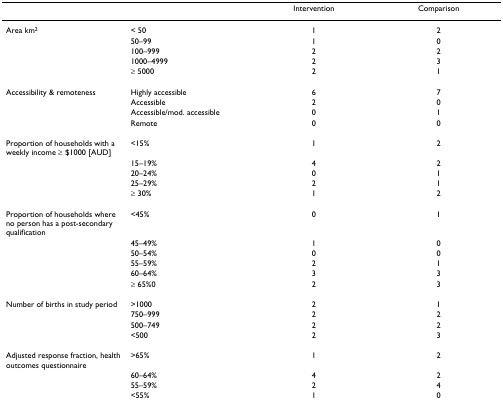
<table><thead><tr><td></td><td></td><td><b>Intervention</b></td><td><b>Comparison</b></td></tr></thead><tbody><tr><td>Area km<sup>2</sup></td><td>&lt; 50</td><td>1</td><td>2</td></tr><tr><td></td><td>50–99</td><td>1</td><td>0</td></tr><tr><td></td><td>100–999</td><td>2</td><td>2</td></tr><tr><td></td><td>1000–4999</td><td>2</td><td>3</td></tr><tr><td></td><td>≥ 5000</td><td>2</td><td>1</td></tr><tr><td>Accessibility &amp; remoteness</td><td>Highly accessible</td><td>6</td><td>7</td></tr><tr><td></td><td>Accessible</td><td>2</td><td>0</td></tr><tr><td></td><td>Accessible/mod. accessible</td><td>0</td><td>1</td></tr><tr><td></td><td>Remote</td><td>0</td><td>0</td></tr><tr><td>Proportion of households with a weekly income ≥ $1000 [AUD]</td><td>&lt;15%</td><td>1</td><td>2</td></tr><tr><td></td><td>15–19%</td><td>4</td><td>2</td></tr><tr><td></td><td>20–24%</td><td>0</td><td>1</td></tr><tr><td></td><td>25–29%</td><td>2</td><td>1</td></tr><tr><td></td><td>≥ 30%</td><td>1</td><td>2</td></tr><tr><td>Proportion of households where no person has a post-secondary qualification</td><td>&lt;45%</td><td>0</td><td>1</td></tr><tr><td></td><td>45–49%</td><td>1</td><td>0</td></tr><tr><td></td><td>50–54%</td><td>0</td><td>0</td></tr><tr><td></td><td>55–59%</td><td>2</td><td>1</td></tr><tr><td></td><td>60–64%</td><td>3</td><td>3</td></tr><tr><td></td><td>≥ 65%0</td><td>2</td><td>3</td></tr><tr><td>Number of births in study period</td><td>&gt;1000</td><td>2</td><td>1</td></tr><tr><td></td><td>750–999</td><td>2</td><td>2</td></tr><tr><td></td><td>500–749</td><td>2</td><td>2</td></tr><tr><td></td><td>&lt;500</td><td>2</td><td>3</td></tr><tr><td>Adjusted response fraction, health outcomes questionnaire</td><td>&gt;65%</td><td>1</td><td>2</td></tr><tr><td></td><td>60–64%</td><td>4</td><td>2</td></tr><tr><td></td><td>55–59%</td><td>2</td><td>4</td></tr><tr><td></td><td>&lt;55%</td><td>1</td><td>0</td></tr></tbody></table>